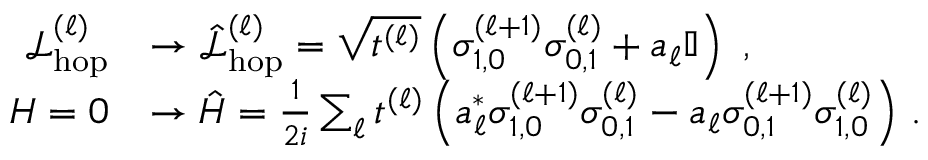
\begin{array} { r l } { \mathcal { L } _ { \mathrm { h o p } } ^ { ( \ell ) } } & { \rightarrow \hat { \mathcal { L } } _ { \mathrm { h o p } } ^ { ( \ell ) } = \sqrt { t ^ { ( \ell ) } } \left( \sigma _ { 1 , 0 } ^ { ( \ell + 1 ) } \sigma _ { 0 , 1 } ^ { ( \ell ) } + a _ { \ell } \mathbb { I } \right) \, \, , } \\ { H = 0 } & { \rightarrow \hat { H } = \frac { 1 } { 2 i } \sum _ { \ell } t ^ { ( \ell ) } \left( a _ { \ell } ^ { * } \sigma _ { 1 , 0 } ^ { ( \ell + 1 ) } \sigma _ { 0 , 1 } ^ { ( \ell ) } - a _ { \ell } \sigma _ { 0 , 1 } ^ { ( \ell + 1 ) } \sigma _ { 1 , 0 } ^ { ( \ell ) } \right) \, . } \end{array}